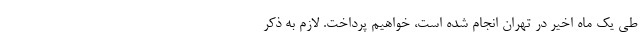
طی یک ماه اخیر در تهران انجام شده است، خواهیم پرداخت. لازم به ذکر